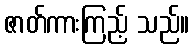
ဇာတ်ကားကြည့် သည်။